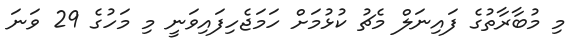
މި މުބާރާތުގެ ފައިނަލް މެޗު ކުޅުމަށް ހަމަޖެހިފައިވަނީ މި މަހުގެ 29 ވަނަ